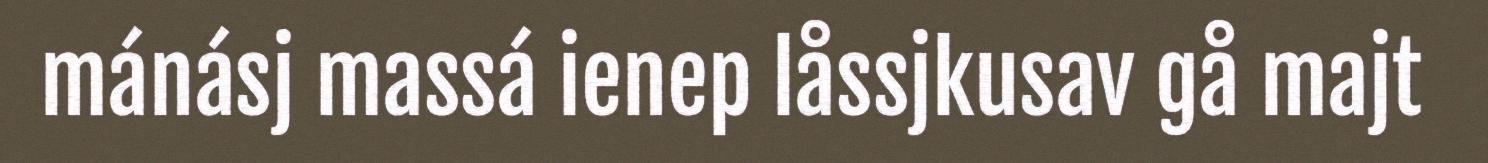
mánásj massá ienep låssjkusav gå majt